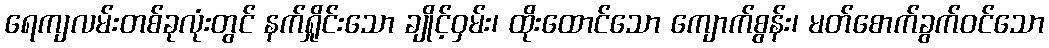
ရေကျလမ်းတစ်ခုလုံးတွင် နက်ရှိုင်းသော ချိုင့်ဝှမ်း၊ ထိုးထောင်သော ကျောက်စွန်း၊ မတ်စောက်ခွက်ဝင်သော